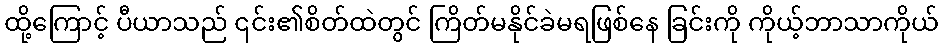
ထို့ကြောင့် ပီယာသည် ၎င်း၏စိတ်ထဲတွင် ကြိတ်မနိုင်ခဲမရဖြစ်နေ ခြင်းကို ကိုယ့်ဘာသာကိုယ်